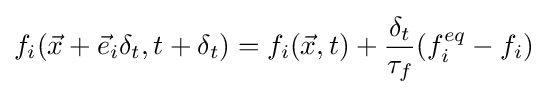
f_{i}({\vec {x}}+{\vec {e}}_{i}\delta _{t},t+\delta _{t})=f_{i}({\vec {x}},t)+{\frac {\delta _{t}}{\tau _{f}}}(f_{i}^{eq}-f_{i})